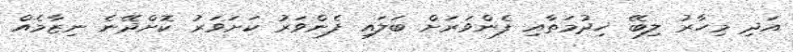
އަދި މިހާރު ލިބޭ ޚިދުމަތާއި ފެންވަރަށް ބަލައި ފެންވަރު ކަށަވަރު ކޮށްދޭނެ ނިޒާމެއް